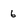
Character: 6